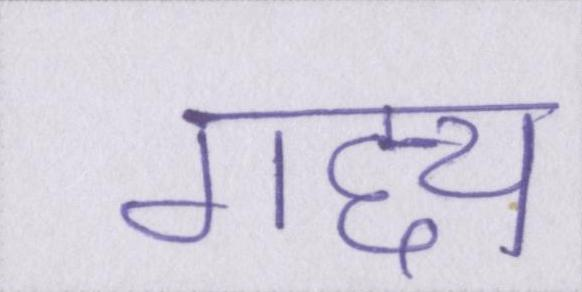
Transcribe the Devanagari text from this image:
गद्द्य